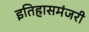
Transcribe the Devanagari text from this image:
इतिहासमंजरी